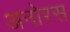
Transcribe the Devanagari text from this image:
अनोरस